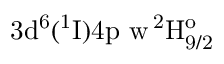
\mathrm { 3 d ^ { 6 } ( ^ { 1 } I ) 4 p \ w \, ^ { 2 } H _ { 9 / 2 } ^ { o } }